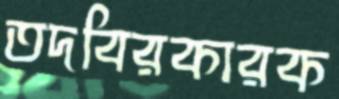
তদবিরকারক